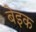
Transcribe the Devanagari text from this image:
बेइक